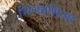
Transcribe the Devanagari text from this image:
सिल्कमिल्स